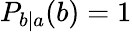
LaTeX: P_{b|a}(b)=1